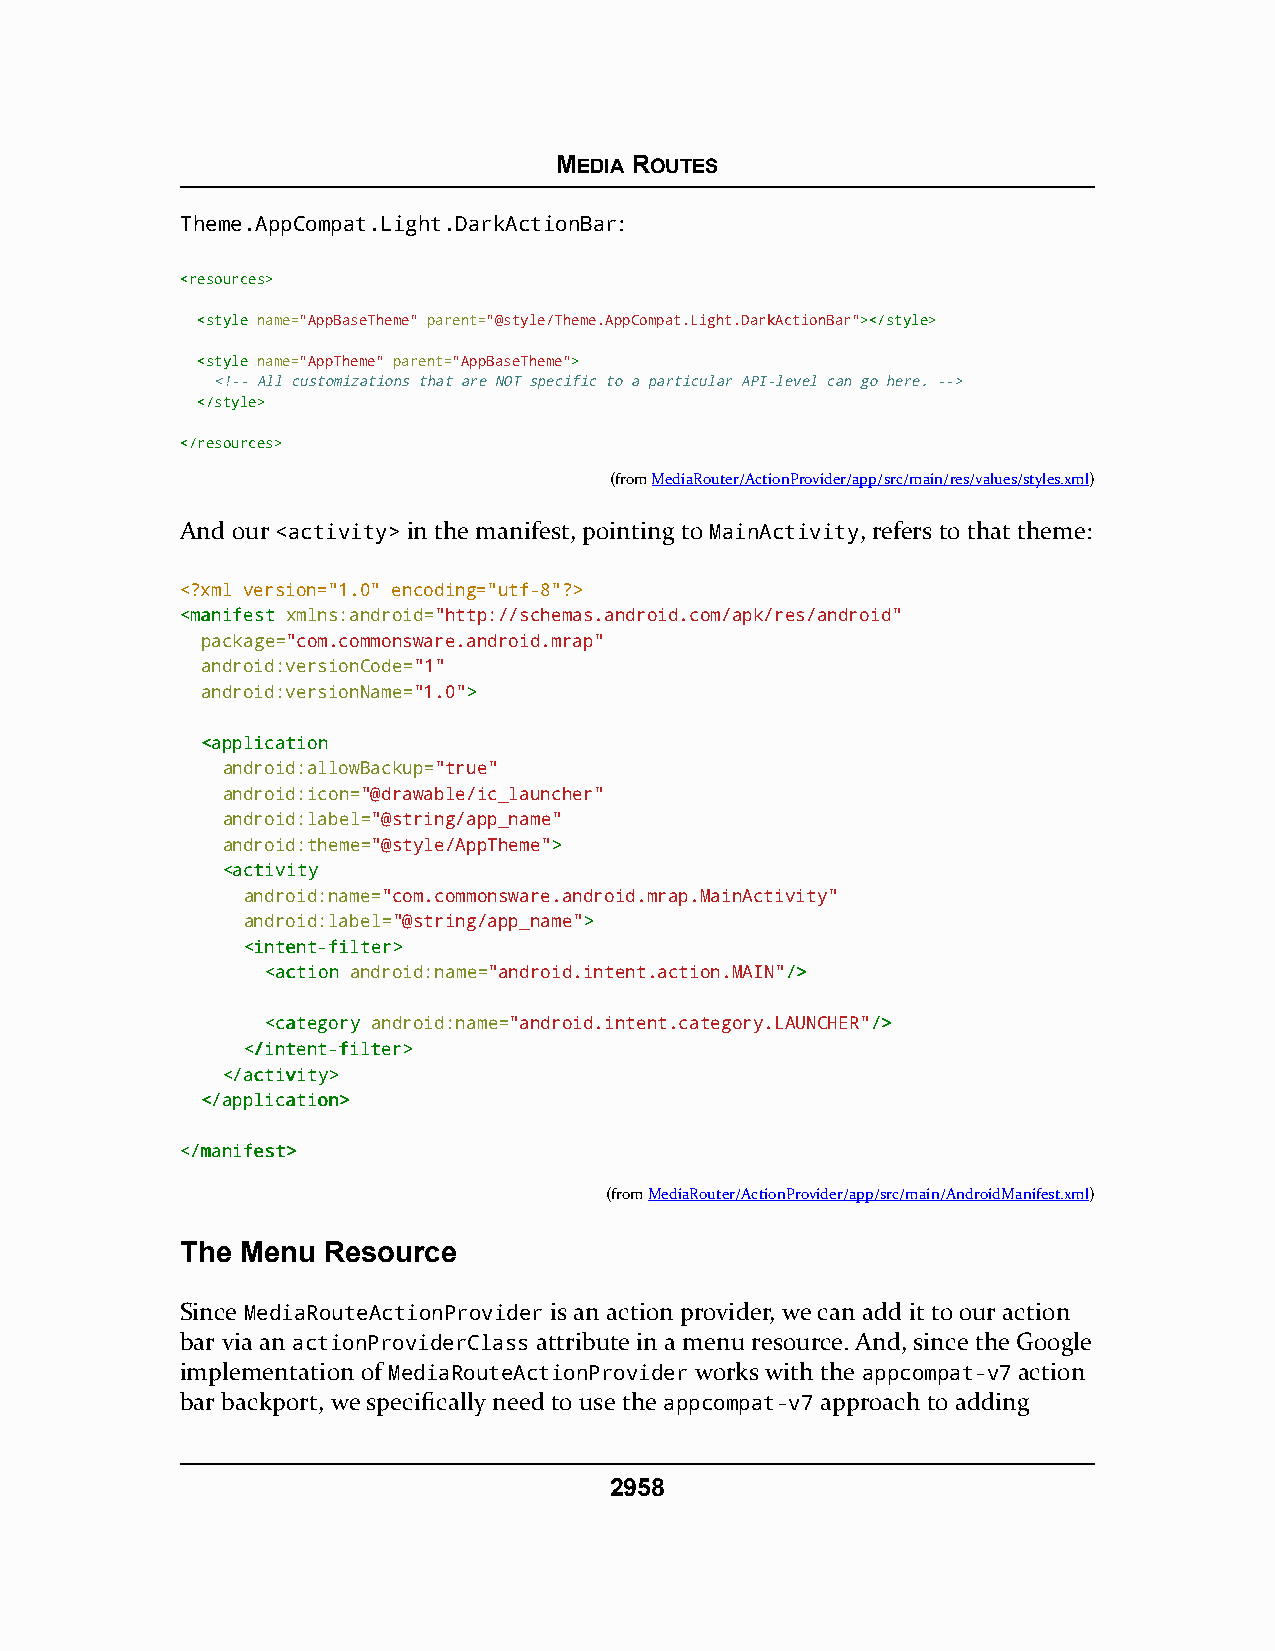
MEDIA ROUTES
 Theme.AppCompat.Light.DarkActionBar:
 <<rreessoouurrcceess>>
 <<ssttyyllee name="AppBaseTheme" parent="@style/Theme.AppCompat.Light.DarkActionBar">><<//ssttyyllee>>
 <<ssttyyllee name="AppTheme" parent="AppBaseTheme">>
 <!-- All customizations that are NOT specific to a particular API-level can go here. -->
 <<//ssttyyllee>>
 <<//rreessoouurrcceess>>
 (fromMediaRouter/ActionProvider/app/src/main/res/values/styles.xml)
 And our <activity> in the manifest, pointing to MainActivity, refers to that theme:
 <?xml version="1.0" encoding="utf-8"?>
 <<mmaanniiffeesstt xmlns:android="http://schemas.android.com/apk/res/android"
 package="com.commonsware.android.mrap"
 android:versionCode="1"
 android:versionName="1.0">>
 <<aapppplliiccaattiioonn
 android:allowBackup="true"
 android:icon="@drawable/ic_launcher"
 android:label="@string/app_name"
 android:theme="@style/AppTheme">>
 <<aaccttiivviittyy
 android:name="com.commonsware.android.mrap.MainActivity"
 android:label="@string/app_name">>
 <<iinntteenntt--ffiilltteerr>>
 <<aaccttiioonn android:name="android.intent.action.MAIN"//>>
 <<ccaatteeggoorryy android:name="android.intent.category.LAUNCHER"//>>
 <<//iinntteenntt--ffiilltteerr>>
 <<//aaccttiivviittyy>>
 <<//aapppplliiccaattiioonn>>
 <<//mmaanniiffeesstt>>
 (fromMediaRouter/ActionProvider/app/src/main/AndroidManifest.xml)
 The Menu Resource
 Since MediaRouteActionProvider is an action provider, we can add it to our action
 bar via an actionProviderClass attribute in a menu resource. And, since the Google
 implementation of MediaRouteActionProvider works with the appcompat-v7 action
 bar backport, we specifically need to use the appcompat-v7 approach to adding
 2958